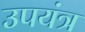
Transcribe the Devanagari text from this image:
उपयंत्र